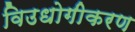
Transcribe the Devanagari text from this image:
विउधोगीकरण